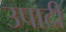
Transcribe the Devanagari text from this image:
उपादी